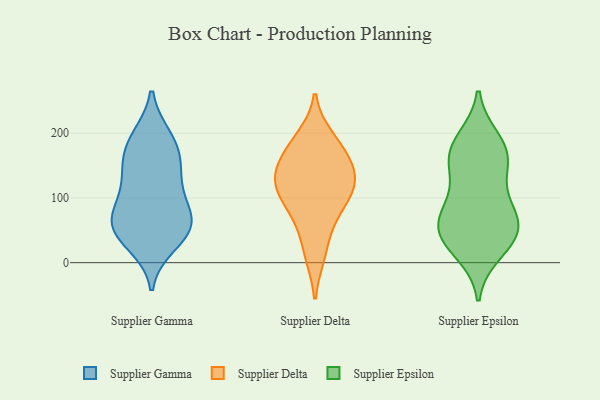
{"axis": {"x": "Conversion Rate (%)", "y": "Value"}, "legend": ["Supplier Delta", "Supplier Epsilon", "Supplier Gamma"], "data": [{"x": "", "y": 88, "type": "Supplier Gamma"}, {"x": "", "y": 29, "type": "Supplier Gamma"}, {"x": "", "y": 171, "type": "Supplier Gamma"}, {"x": "", "y": 48, "type": "Supplier Gamma"}, {"x": "", "y": 156, "type": "Supplier Gamma"}, {"x": "", "y": 128, "type": "Supplier Gamma"}, {"x": "", "y": 191, "type": "Supplier Gamma"}, {"x": "", "y": 66, "type": "Supplier Gamma"}, {"x": "", "y": 193, "type": "Supplier Gamma"}, {"x": "", "y": 58, "type": "Supplier Gamma"}, {"x": "", "y": 138, "type": "Supplier Gamma"}, {"x": "", "y": 56, "type": "Supplier Gamma"}, {"x": "", "y": 95, "type": "Supplier Gamma"}, {"x": "", "y": 49, "type": "Supplier Gamma"}, {"x": "", "y": 135, "type": "Supplier Delta"}, {"x": "", "y": 59, "type": "Supplier Delta"}, {"x": "", "y": 90, "type": "Supplier Delta"}, {"x": "", "y": 175, "type": "Supplier Delta"}, {"x": "", "y": 116, "type": "Supplier Delta"}, {"x": "", "y": 134, "type": "Supplier Delta"}, {"x": "", "y": 108, "type": "Supplier Delta"}, {"x": "", "y": 158, "type": "Supplier Delta"}, {"x": "", "y": 12, "type": "Supplier Delta"}, {"x": "", "y": 193, "type": "Supplier Delta"}, {"x": "", "y": 92, "type": "Supplier Epsilon"}, {"x": "", "y": 44, "type": "Supplier Epsilon"}, {"x": "", "y": 86, "type": "Supplier Epsilon"}, {"x": "", "y": 162, "type": "Supplier Epsilon"}, {"x": "", "y": 18, "type": "Supplier Epsilon"}, {"x": "", "y": 162, "type": "Supplier Epsilon"}, {"x": "", "y": 42, "type": "Supplier Epsilon"}, {"x": "", "y": 177, "type": "Supplier Epsilon"}, {"x": "", "y": 55, "type": "Supplier Epsilon"}, {"x": "", "y": 68, "type": "Supplier Epsilon"}, {"x": "", "y": 146, "type": "Supplier Epsilon"}, {"x": "", "y": 41, "type": "Supplier Epsilon"}, {"x": "", "y": 188, "type": "Supplier Epsilon"}]}